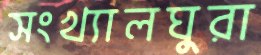
সংখ্যালঘুরা